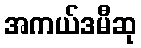
အကယ်ဒမီဆု